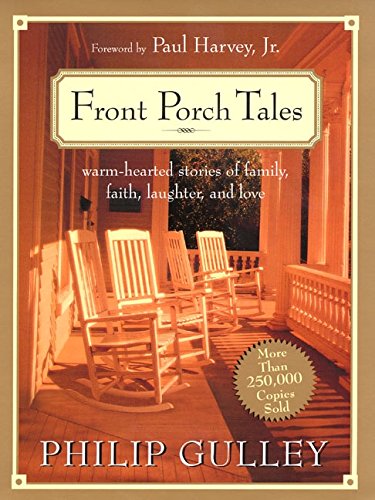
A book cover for Front Porch Tales: Warm-Hearted Stories of Family, Faith, Laughter and Love; Philip Gulley; Christian Books & Bibles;